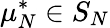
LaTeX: \mu_{N}^{*}\in S_{N}